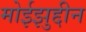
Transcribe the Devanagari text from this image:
मोईझुद्दीन